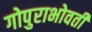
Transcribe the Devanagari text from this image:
गोपुराभोवती